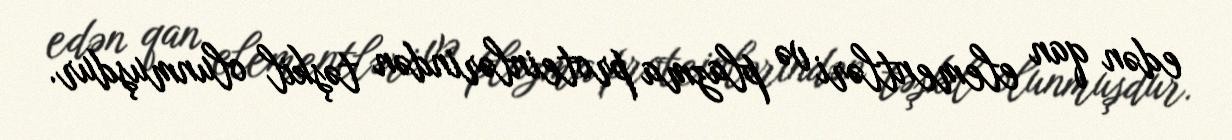
edən qan elementləri və plazma proteinlərindən təşkil olunmuşdur.